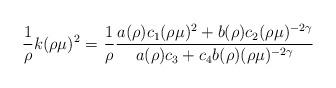
LaTeX: \begin{align*}\frac{1}{\rho} k(\rho\mu)^{2} = \left. \frac{1}{\rho} \frac{a(\rho) c_{1} (\rho\mu)^{2} + b(\rho) c_{2} (\rho\mu)^{-2\gamma }}{ a(\rho) c_{3} + c_{4} b(\rho) (\rho\mu)^{-2\gamma} } \right.\end{align*}